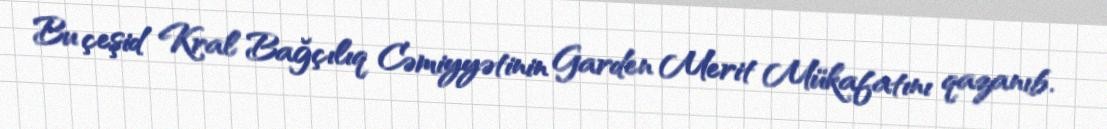
Bu çeşid Kral Bağçılıq Cəmiyyətinin Garden Merit Mükafatını qazanıb.